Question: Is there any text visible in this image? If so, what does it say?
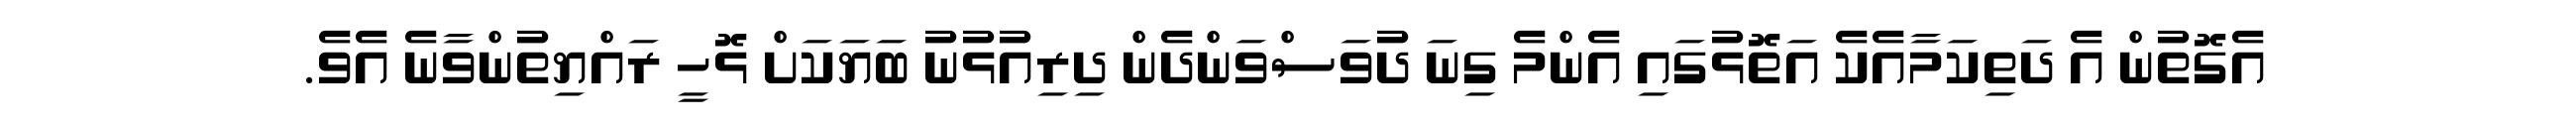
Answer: އެގޮތުން އެ ދަތިކަމާއެކެ އަތޮޅުގައި އެންމެ ގިނަ ދުވަސްވަންދެން ދިރިއުޅުނު ބަޔަކަށް ޅޮހީ ރައްޔިތުންވާނެ އެވެ.